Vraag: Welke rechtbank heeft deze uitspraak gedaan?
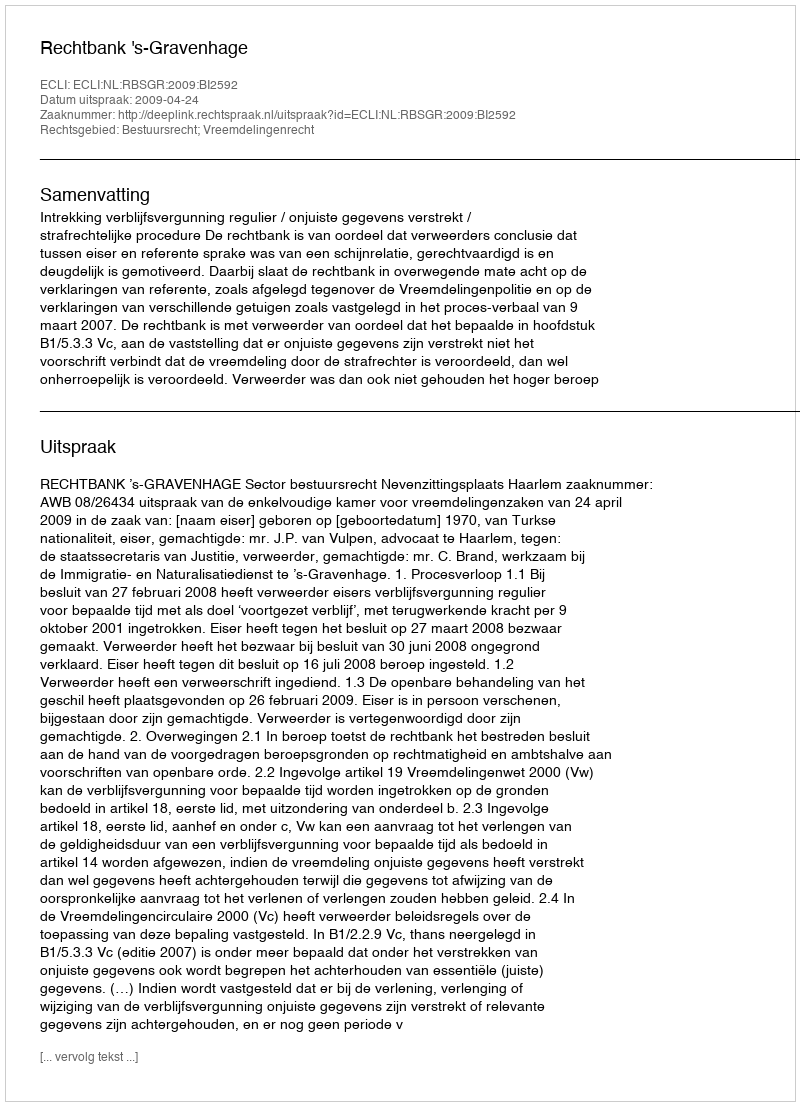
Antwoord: Rechtbank 's-Gravenhage